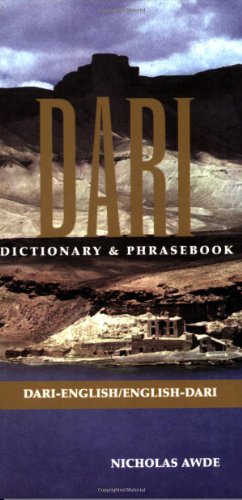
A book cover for Dari: Dari-English English-Dari Dictionary & Phrasebook (Hippocrene Dictionary & Phrasebooks); Nicholas Awde; Reference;